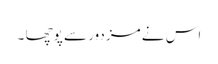
اس نے مزدور سے پوچھا ۔